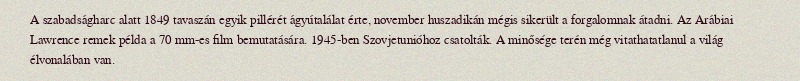
A szabadságharc alatt 1849 tavaszán egyik pillérét ágyútalálat érte, november huszadikán mégis sikerült a forgalomnak átadni. Az Arábiai Lawrence remek példa a 70 mm-es film bemutatására. 1945-ben Szovjetunióhoz csatolták. A minősége terén még vitathatatlanul a világ élvonalában van.